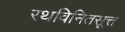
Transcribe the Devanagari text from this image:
रथविनितसूत्त